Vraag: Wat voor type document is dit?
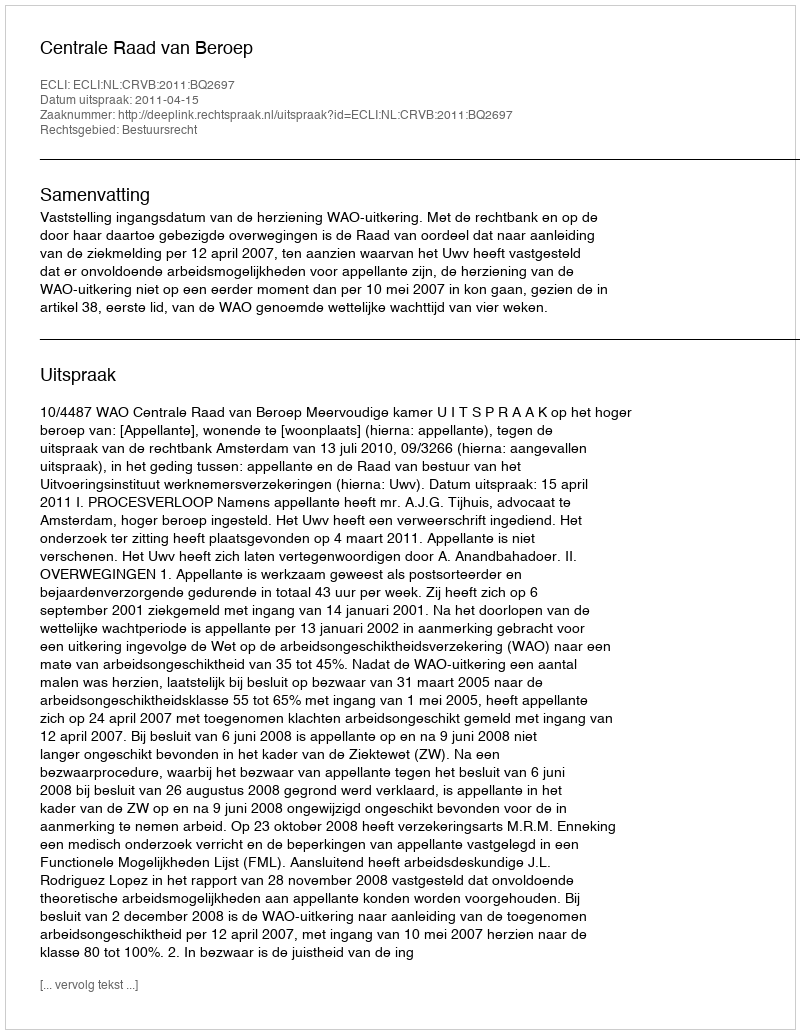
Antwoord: Uitspraak